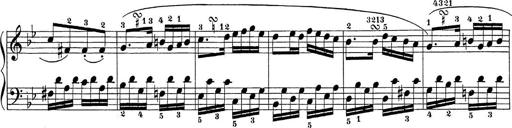
Title: Sonatina Album
Composer: Louis KÃ¶hler